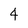
Character: 4